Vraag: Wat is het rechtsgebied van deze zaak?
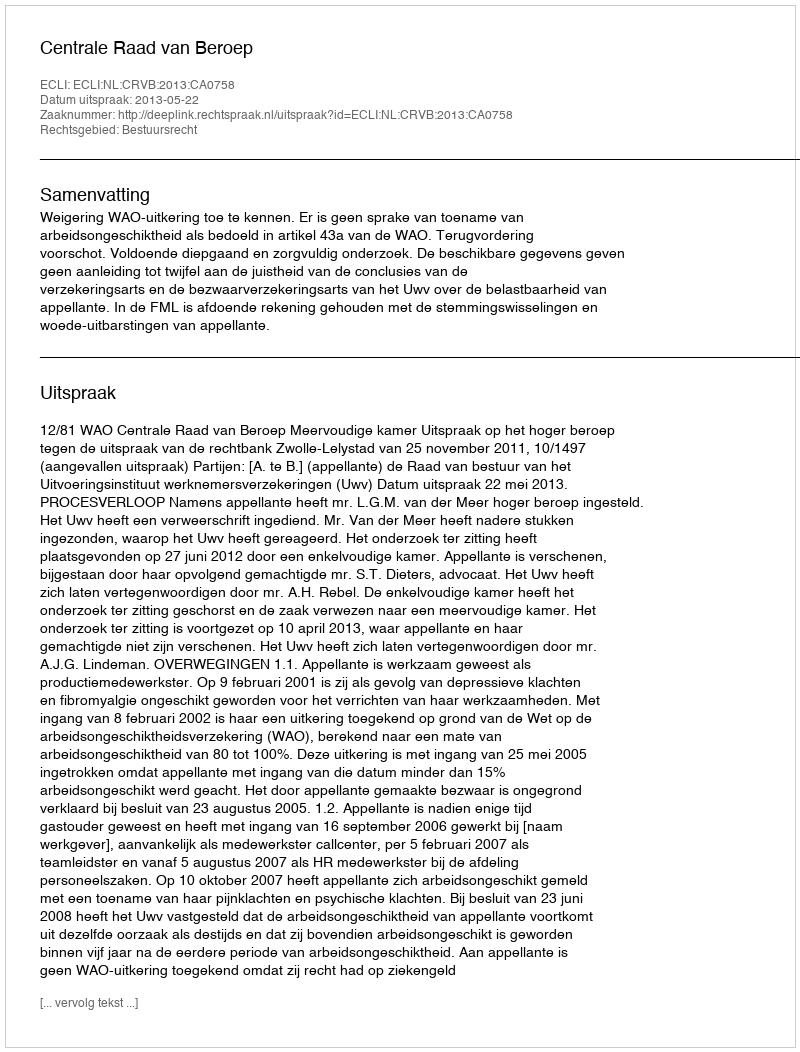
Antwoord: Bestuursrecht